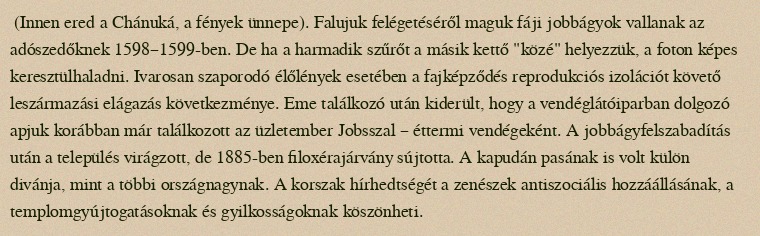
(Innen ered a Chánuká, a fények ünnepe). Falujuk felégetéséről maguk fáji jobbágyok vallanak az adószedőknek 1598–1599-ben. De ha a harmadik szűrőt a másik kettő "közé" helyezzük, a foton képes keresztülhaladni. Ivarosan szaporodó élőlények esetében a fajképződés reprodukciós izolációt követő leszármazási elágazás következménye. Eme találkozó után kiderült, hogy a vendéglátóiparban dolgozó apjuk korábban már találkozott az üzletember Jobsszal – éttermi vendégeként. A jobbágyfelszabadítás után a település virágzott, de 1885-ben filoxérajárvány sújtotta. A kapudán pasának is volt külön divánja, mint a többi országnagynak. A korszak hírhedtségét a zenészek antiszociális hozzáállásának, a templomgyújtogatásoknak és gyilkosságoknak köszönheti.